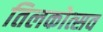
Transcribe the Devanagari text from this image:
तिलकोत्सव